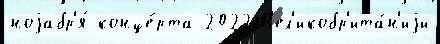
ноjабр'я́ конце́рта 2022 В'ел'икобр'ита́н'иjи